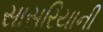
સાસરિયાની